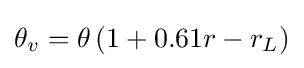
\theta _{v}=\theta \left(1+0.61r-r_{L}\right)